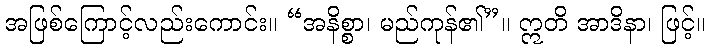
အဖြစ်ကြောင့်လည်းကောင်း။ “အနိစ္စာ၊ မည်ကုန်၏”။ ဣတိ အာဒိနာ၊ ဖြင့်။